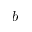
b